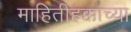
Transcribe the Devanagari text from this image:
माहितीहक्काच्या